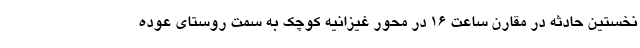
نخستین حادثه در مقارن ساعت ۱۶ در محور غیزانیه کوچک به سمت روستای عوده